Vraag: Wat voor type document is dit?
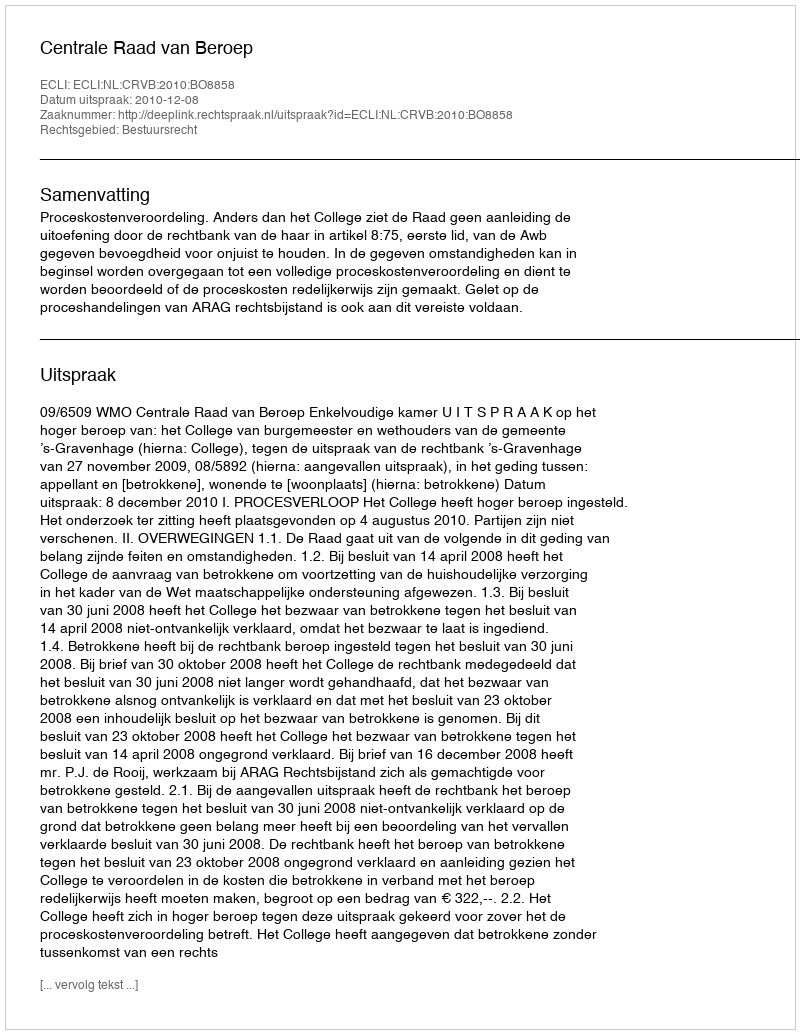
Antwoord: Uitspraak